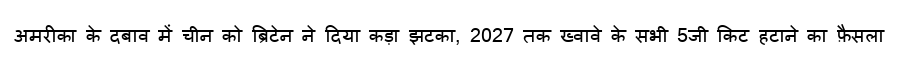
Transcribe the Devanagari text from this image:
अमरीका के दबाव में चीन को ब्रिटेन ने दिया कड़ा झटका, 2027 तक ख्वावे के सभी 5जी किट हटाने का फ़ैसला